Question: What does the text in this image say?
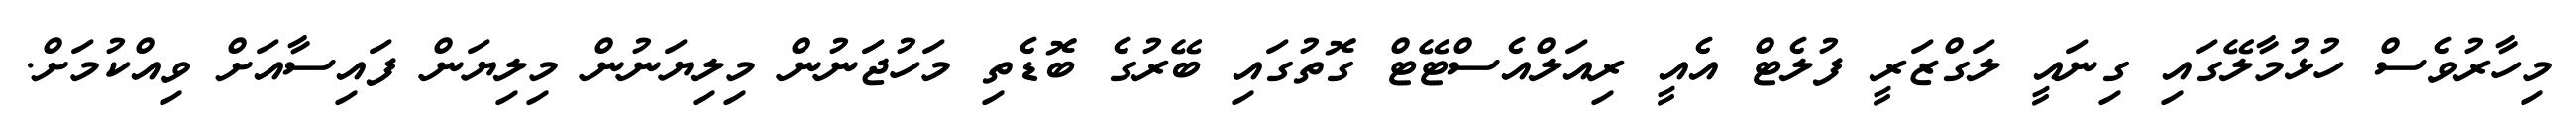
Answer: މިހާރުވެސް ހުޅުމާލޭގައި ގިނައީ ލަގްޒަރީ ފުލެޓް އެއީ ރިއަލްއެސްޓޭޓް ގޮތުގައި ބޭރުގެ ބޮޑެތި މަހުޖަނުން މިލިޔަނުން މިލިޔަން ފައިސާއަށް ވިއްކުމަށް.